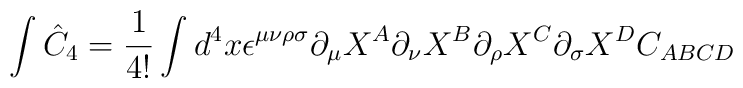
\int \hat{C}_4 = \frac{1}{4!} \int d^4 x \epsilon^{\mu \nu \rho\sigma}\partial_{\mu}X^{A} \partial_{\nu}X^{B} \partial_{\rho}X^{C}\partial_{\sigma}X^{D} C_{ABCD}